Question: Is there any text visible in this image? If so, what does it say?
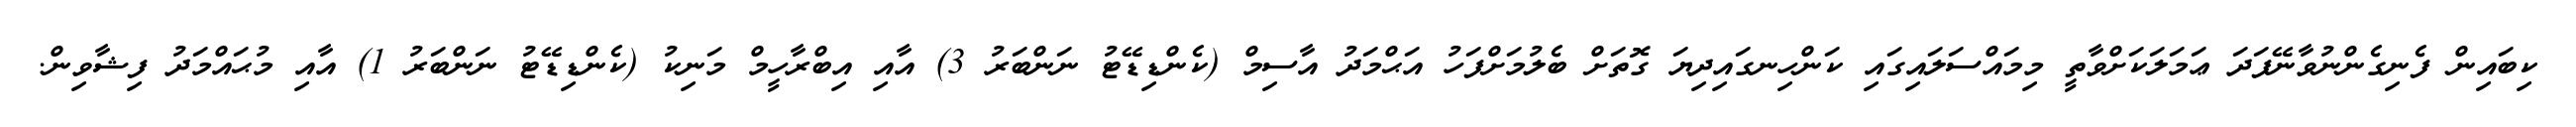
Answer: ކިބައިން ފެނިގެންނުވާނޭފަދަ ޢަމަލަކަށްވާތީ މިމައްސަލައިގައި ކަންހިނގައިދިޔަ ގޮތަށް ބެލުމަށްފަހު އަޙްމަދު އާސިމް (ކެންޑިޑޭޓު ނަންބަރު 3) އާއި އިބްރާހީމް މަނިކު (ކެންޑިޑޭޓު ނަންބަރު 1) އާއި މުޙައްމަދު ފިޝާވިން.